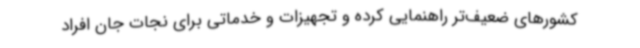
کشورهای ضعیف‌تر راهنمایی کرده و تجهیزات و خدماتی برای نجات جان افراد